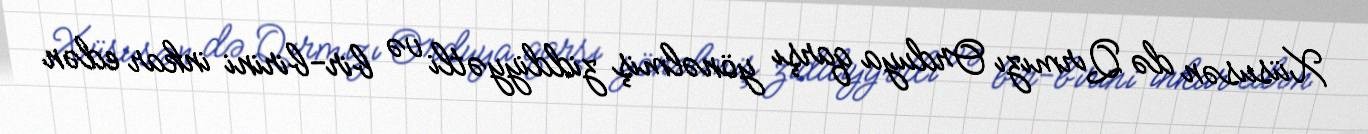
Xüsusən də Qırmızı Orduya qarşı yönəlmiş ziddiyyətli və bir-birini inkar edən